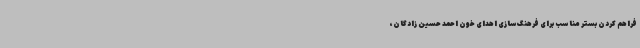
فراهم کردن بستر مناسب برای فرهنگ‌سازی اهدای خون احمد حسین زادگان،